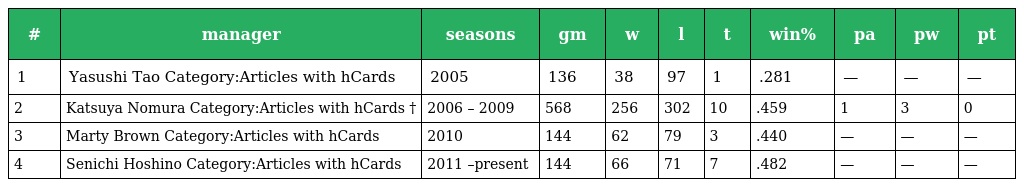
| # | manager | seasons | gm | w | l | t | win% | pa | pw | pt |
 | --- | --- | --- | --- | --- | --- | --- | --- | --- | --- | --- |
 | 1 | Yasushi Tao Category:Articles with hCards | 2005 | 136 | 38 | 97 | 1 | .281 | — | — | — |
 | 2 | Katsuya Nomura Category:Articles with hCards † | 2006 – 2009 | 568 | 256 | 302 | 10 | .459 | 1 | 3 | 0 |
 | 3 | Marty Brown Category:Articles with hCards | 2010 | 144 | 62 | 79 | 3 | .440 | — | — | — |
 | 4 | Senichi Hoshino Category:Articles with hCards | 2011 –present | 144 | 66 | 71 | 7 | .482 | — | — | — |